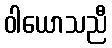
ဝါယောသညီ